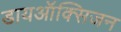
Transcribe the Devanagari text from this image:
डायऑक्सिजन